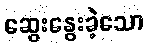
ဆွေးနွေးခဲ့သော